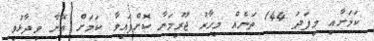
ކަމަށާއި މިފަދަ 144 ތަނެއް މިހާރު ޖޫރިމަނާ ކޮށްފައިވާ ކަމަށް އޭނާ ވިދާޅުވި